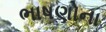
ભાષણોના